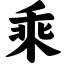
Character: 乘